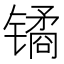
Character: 𫔎